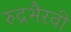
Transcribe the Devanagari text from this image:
रुद्रभैरवी